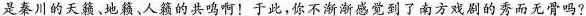
是秦川的天籁、地籁、人籁的共鸣啊!于此,你不渐渐感觉到了南方戏剧的秀而无骨吗?